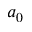
a _ { 0 }